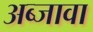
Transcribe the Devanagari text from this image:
अब्जावा